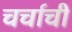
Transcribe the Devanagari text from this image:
चर्चाची